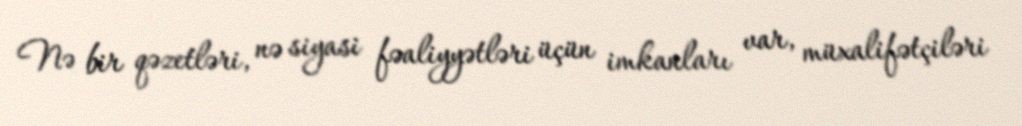
Nə bir qəzetləri, nə siyasi fəaliyyətləri üçün imkanları var, müxalifətçiləri